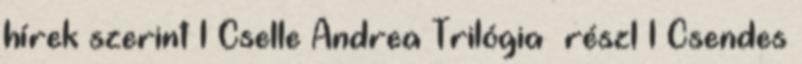
hírek szerint 1 Cselle Andrea Trilógia részl 1 Csendes